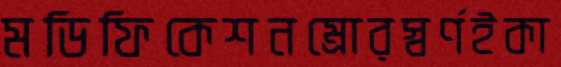
মডিফিকেশনম্রোরস্বর্ণইকা